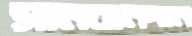
সামবানদান